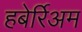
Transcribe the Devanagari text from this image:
हबेर्रिअम